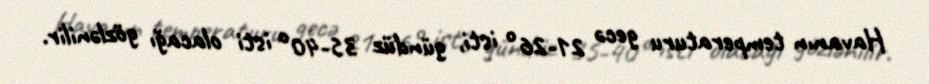
Havanın temperaturu gecə 21-26° isti, gündüz 35-40° isti olacağı gözlənilir.